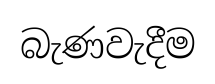
බැණවැදීම